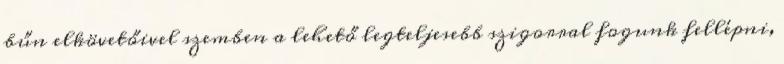
bűn elkövetőivel szemben a lehető legteljesebb szigorral fogunk fellépni,